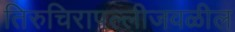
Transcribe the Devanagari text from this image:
तिरुचिरापल्लीजवळील